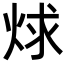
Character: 𬊋